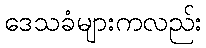
ဒေသခံများကလည်း